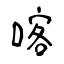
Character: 喀